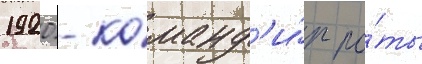
1920 - команд'и́р ро́ты